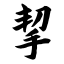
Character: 挈